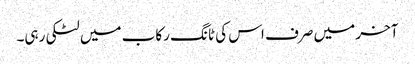
آخر میں صرف اس کی ٹانگ رکاب میں لٹکی رہی۔